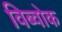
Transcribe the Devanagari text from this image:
विब्वोक